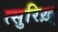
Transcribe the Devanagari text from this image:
त्सुरिख़्